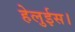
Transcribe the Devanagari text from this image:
हेलुईस।